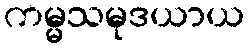
ကမ္မသမုဒယာယ